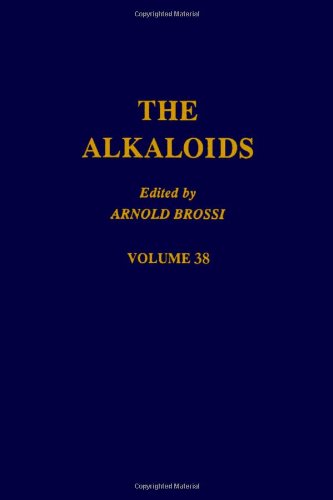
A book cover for The Alkaloids: Chemistry and Pharmacology, Vol. 38; Science & Math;